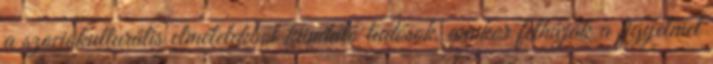
a szociokulturális elméletekből kiinduló tudósok, amikor felhívják a ﬁgyelmet